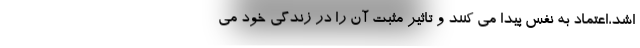
اشد،اعتماد به نفس پیدا می کنند و تاثیر مثبت آن را در زندگی خود می